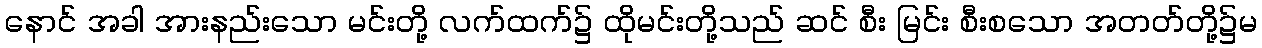
နောင် အခါ အားနည်းသော မင်းတို့ လက်ထက်၌ ထိုမင်းတို့သည် ဆင် စီး မြင်း စီးစသော အတတ်တို့၌မ